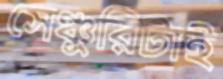
সেঞ্চুরিটাই